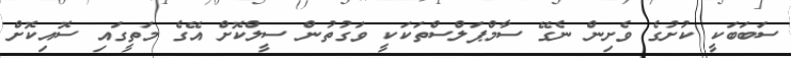
ސަބަބަކީ ކުށުގެ ވެށިން ނެގޭ ސާމްޕަލްސްތަކަކީ ވަގުތުން ސީލްކޮށް އޭގެ މަތީގައި ސޮއިކޮށް